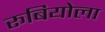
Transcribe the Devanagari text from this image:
रूबियोला